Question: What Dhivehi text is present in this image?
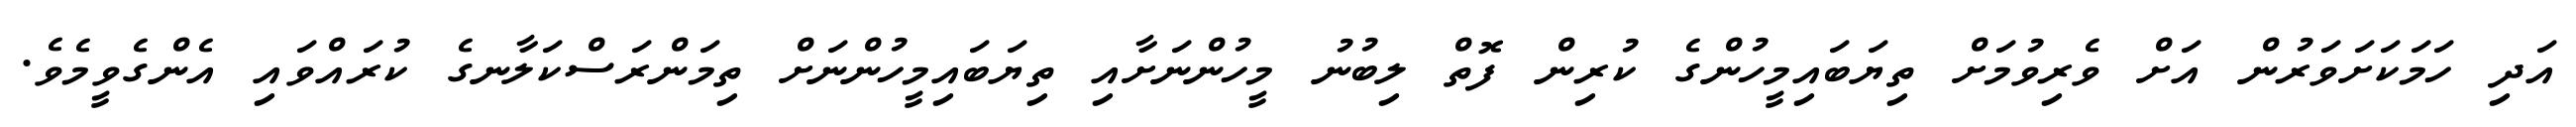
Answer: އަދި ހަމަކަށަވަރުން އަށް ވެރިވުމަށް ތިޔަބައިމީހުންގެ ކުރިން ފޮތް ލިބުނު މީހުންނަށާއި ތިޔަބައިމީހުންނަށް ތިމަންރަސްކަލާނގެ ކުރައްވައި އެންގެވީމެވެ.